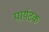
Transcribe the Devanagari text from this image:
पार्यटक